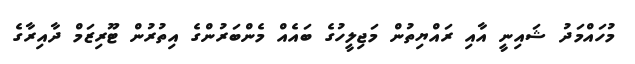
މުހައްމަދު ޝައިނީ އާއި ރައްޔިތުން މަޖިލީހުގެ ބައެއް މެންބަރުންގެ އިތުރުން ޓޫރިޒަމް ދާއިރާގެ